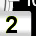
Digit: 2